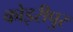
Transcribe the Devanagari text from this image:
कोइरीपुर